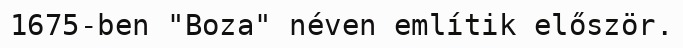
1675-ben "Boza" néven említik először.